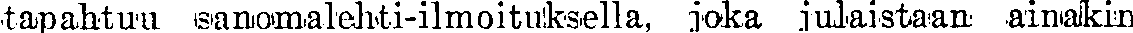
tapahtuu sanomalehti-ilmoituksella, joka julaistaan ainakin